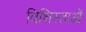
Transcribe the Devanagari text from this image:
विशिस्ताओं